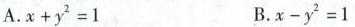
A.$$x + y ^ { 2 } = 1$$ B.$$x - y ^ { 2 } = 1$$